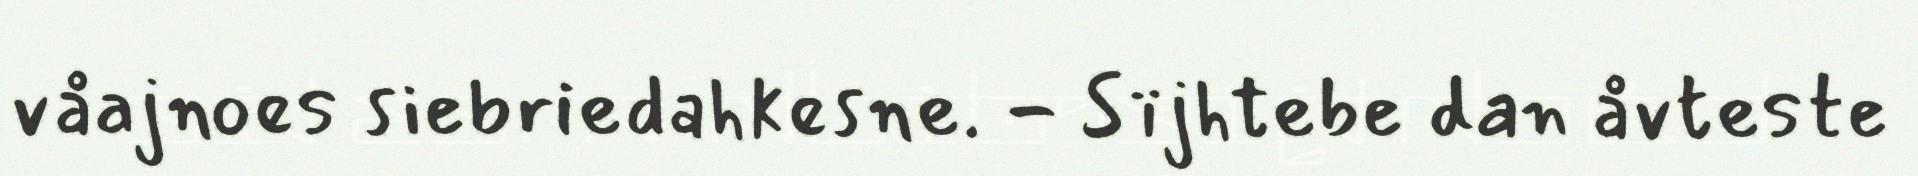
våajnoes siebriedahkesne. - Sïjhtebe dan åvteste